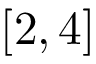
[ 2 , 4 ]